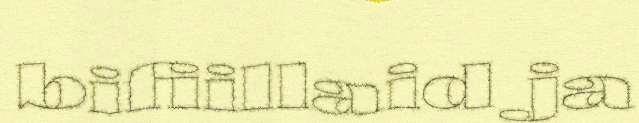
bifiillaid ja